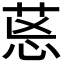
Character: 𦯌